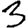
Digit: 3